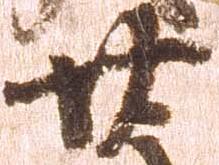
廿